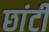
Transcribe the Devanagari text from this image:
छांटी